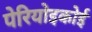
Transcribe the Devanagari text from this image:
पेरियोइकोई